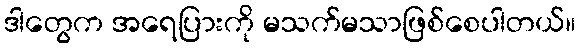
ဒါတွေက အရေပြားကို မသက်မသာဖြစ်စေပါတယ်။